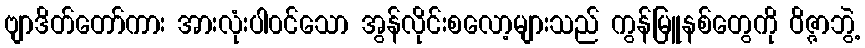
ဗျာဒိတ်တော်ကား အားလုံးပါ၀င်သော အွန်လိုင်းစလော့များသည် ကွန်မြူနစ်တွေကို ဝိဇ္ဇာဘွဲ့